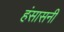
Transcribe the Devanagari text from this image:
हंसासनी